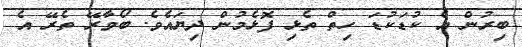
ބިރުން އެ ކުޑަކުޑަ ހިތް ތެޅި ފޮޅެމުން ދިޔައެވެ. ބޯވާރޭ ތެރޭ އެ